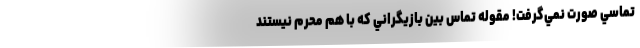
تماسي صورت نمي‌گرفت! مقوله تماس بين بازيگراني که با هم محرم نيستند